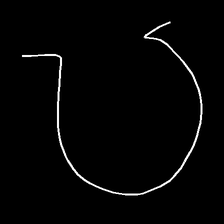
Glyph: weave